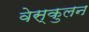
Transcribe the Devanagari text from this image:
वेस्कुलन